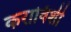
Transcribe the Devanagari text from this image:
कराविशी